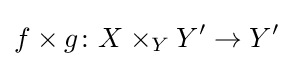
f\times g\colon X\times _{Y}Y'\to Y'